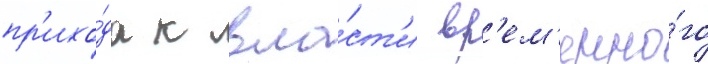
пр'ихо́да к вла́ст'и вр'ем'енно́го